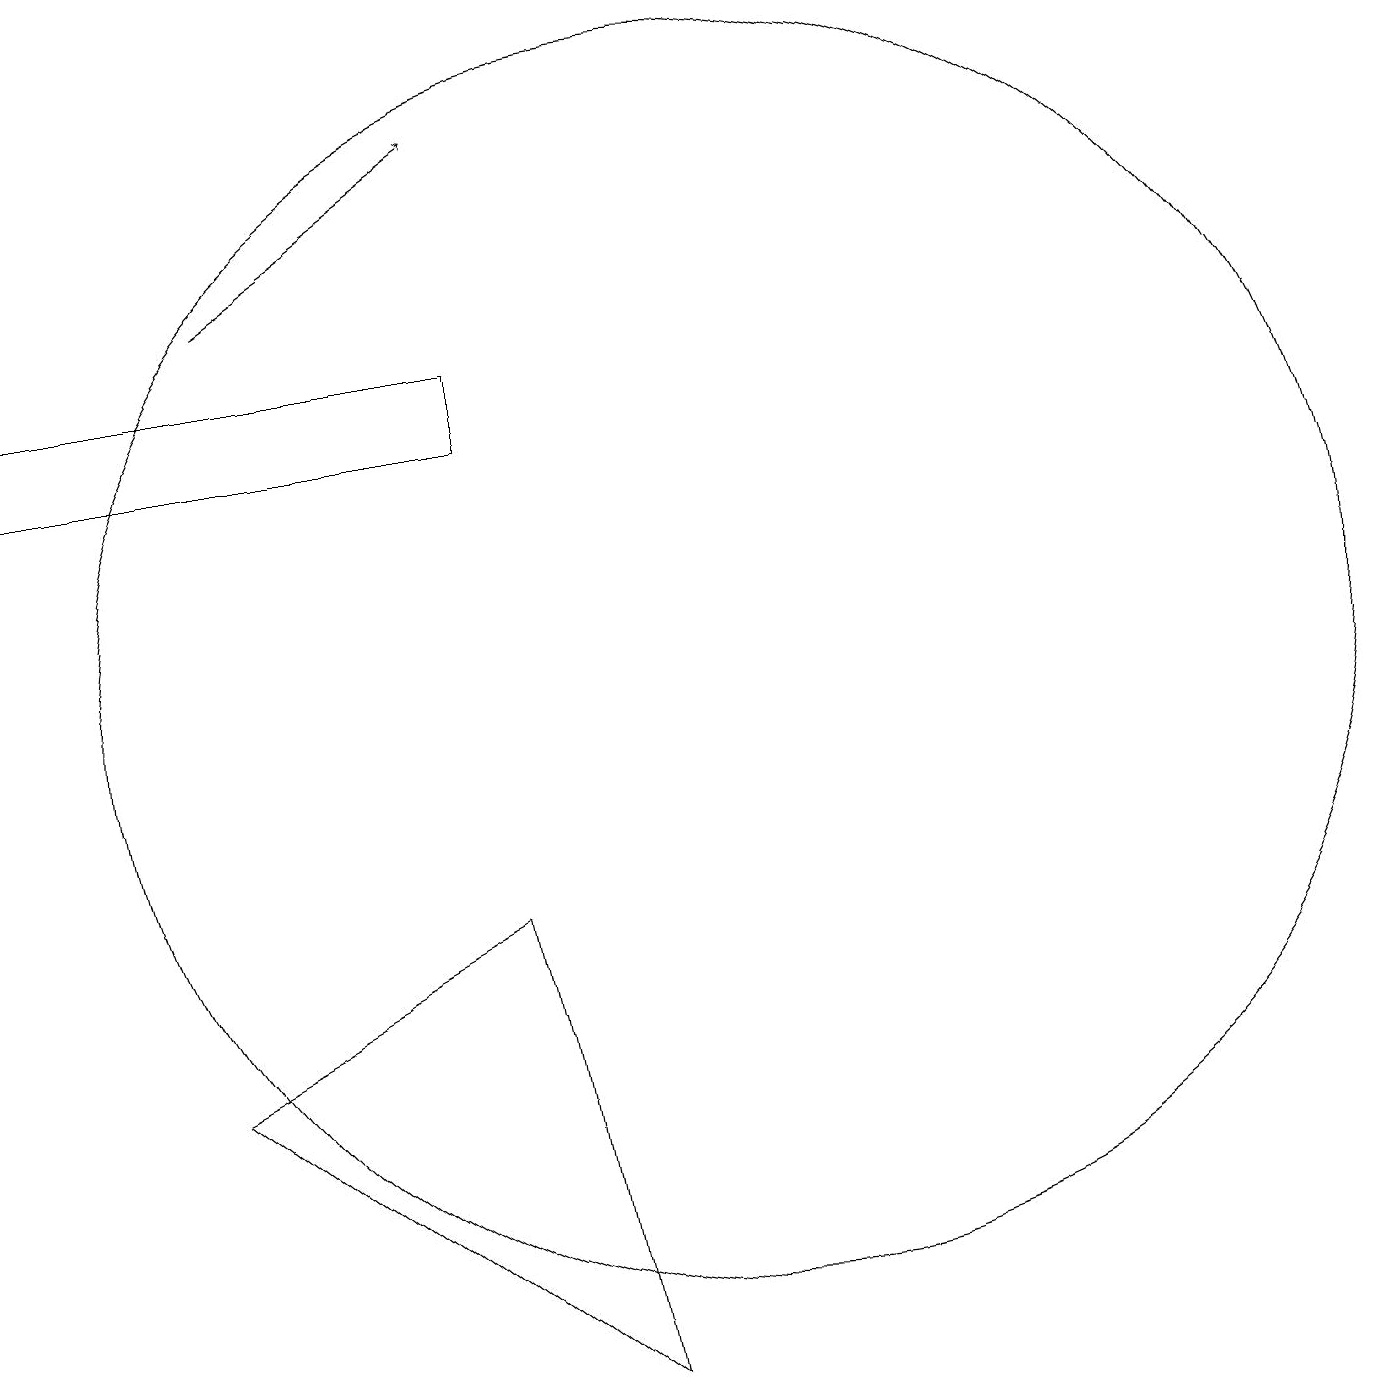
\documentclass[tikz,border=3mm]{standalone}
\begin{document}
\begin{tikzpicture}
\draw (11,11) circle (8);
\draw (8,8) -- (4,6) -- (9,2) -- cycle;
\draw (8,14) rectangle (2,15);
\draw[->] (5,16) -- (8,18);
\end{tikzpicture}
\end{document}